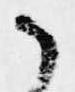
候